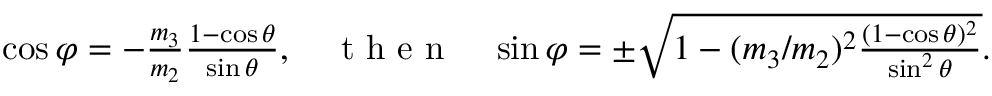
\begin{array} { r } { \cos \varphi = - \frac { m _ { 3 } } { m _ { 2 } } \frac { 1 - \cos \theta } { \sin \theta } , \quad \mathrm { ~ t ~ h ~ e ~ n ~ } \quad \sin \varphi = \pm \sqrt { 1 - ( m _ { 3 } / m _ { 2 } ) ^ { 2 } \frac { ( 1 - \cos \theta ) ^ { 2 } } { \sin ^ { 2 } \theta } } . } \end{array}